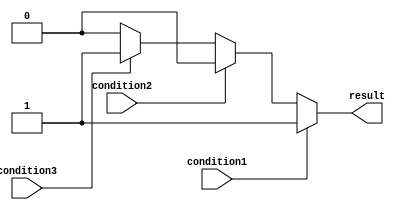
module if_else_ladder (
    input wire condition1,
    input wire condition2,
    input wire condition3,
    output reg result
);

always @* begin
    if (condition1) begin
        // Action based on condition1
        result <= 1;
    end
    else if (condition2) begin
        // Action based on condition2
        result <= 2;
    end
    else if (condition3) begin
        // Action based on condition3
        result <= 3;
    end
    else begin
        // Default action if no conditions are met
        result <= 0;
    end
end

endmodule